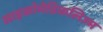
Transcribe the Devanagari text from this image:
साइकोमेडिकलिज्म